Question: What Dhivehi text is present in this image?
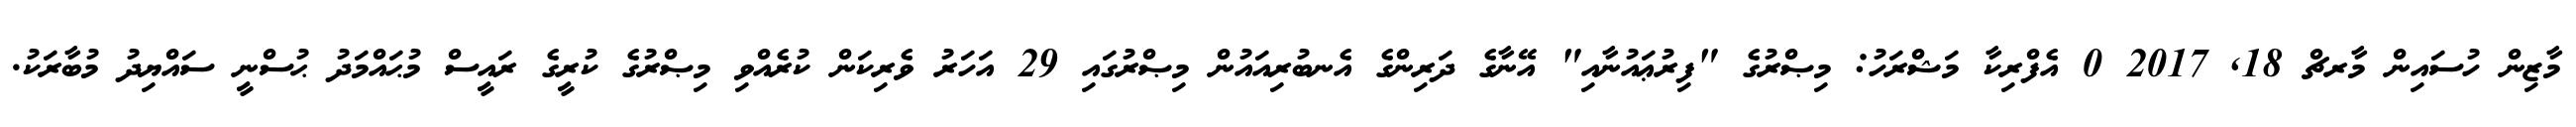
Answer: މާޒިން ހުސައިން މާރޗް 18, 2017 0 އެފްރިކާ މަޝްރަހު: މިޞްރުގެ "ފިރުޢައުނާއި" އޭނާގެ ދަރިންގެ އެނބުރިއައުން މިޞްރުގައި 29 އަހަރު ވެރިކަން ކުރެއްވި މިޞްރުގެ ކުރީގެ ރައީސް މުޙައްމަދު ޙުސްނީ ސައްޔިދު މުބާރަކު.